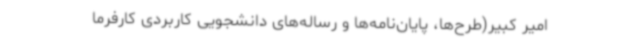
امیر کبیر(طرح‌ها، پایان‌نامه‌ها و رساله‌های دانشجویی کاربردی کارفرما